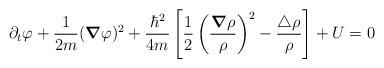
LaTeX: \begin{align*}\partial_{t}\varphi + \frac{1}{2m}({\mbox{\boldmath $\nabla$}}\varphi)^2 + \frac{\hbar^2}{4m}\left[\frac{1}{2}\left(\frac{{\mbox{\boldmath $\nabla$}}\rho}{\rho}\right)^2 - \frac{\triangle \rho}{\rho}\right] + U = 0\end{align*}